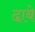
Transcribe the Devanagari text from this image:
ढा़बे